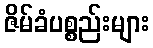
ဇိမ်ခံပစ္စည်းများ